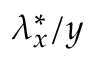
\lambda _ { x } ^ { * } / y